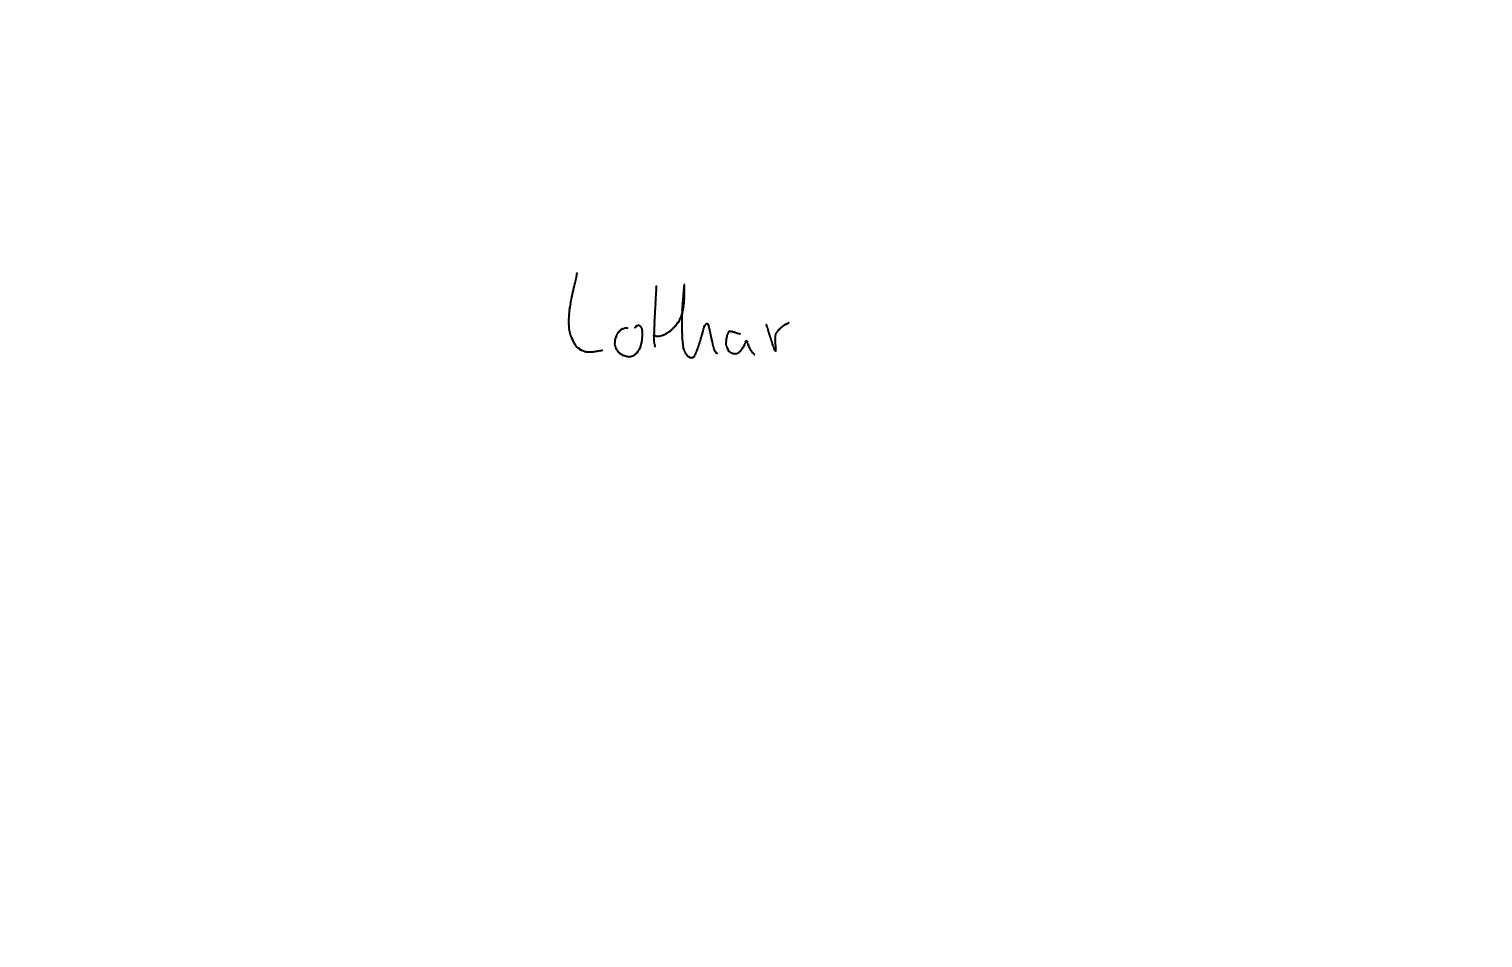
Text: Lothar